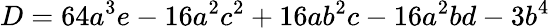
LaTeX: D=64a^{3}e-16a^{2}c^{2}+16ab^{2}c-16a^{2}bd-3b^{4}